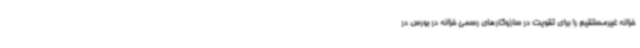
خزانه غیرمستقیم را برای تقویت در سازوکارهای رسمی خزانه در بورس در